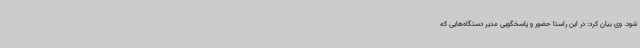
شود. وی بیان کرد: در این راستا حضور و پاسخگویی مدیر دستگاه‌هایی که